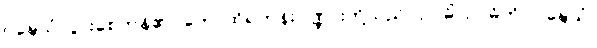
ဝဍ္ဎေသုံ၊ ပွားစေကုန်၏။ တေ၊ ထိုရဟန်းပုဏ္ဏားတို့သည်။ ဥပဓိံ၊ ဥပဓိကို။ ဝဍ္ဎေသုံ၊